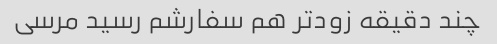
چند دقیقه زودتر هم سفارشم رسید مرسی